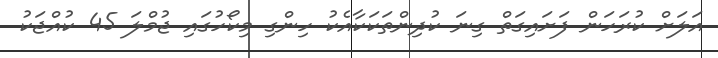
އަލަށް ކުރަހަން ފަށައިގަތް ގިނަ ކުދިންތަކަކާއެކު ހިންގި މިކޯހުގައި ޖުމްލަ 45 ކުއްޖަކު